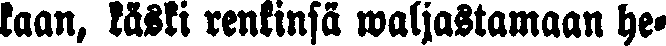
kaan, käski renkinsä waljastamaan he-